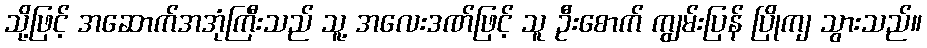
သို့ဖြင့် အဆောက်အအုံကြီးသည် သူ့ အလေးဒဏ်ဖြင့် သူ ဦးစောက် ကျွမ်းပြန် ပြိုကျ သွားသည်။